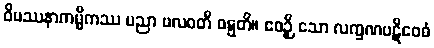
ဝိပဿနာကမ္မိကဿ ပညာ ဗလဝတီ ဝဋ္ဋတိ။ ဧဝဉှိ သော လက္ခဏပဋိဝေဓံ